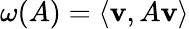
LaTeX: \omega(A)=\langle\mathbf{v},A\mathbf{v}\rangle